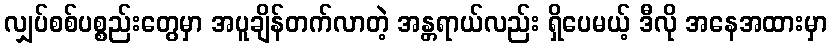
လျှပ်စစ်ပစ္စည်းတွေမှာ အပူချိန်တက်လာတဲ့ အန္တရာယ်လည်း ရှိပေမယ့် ဒီလို အနေအထားမှာ